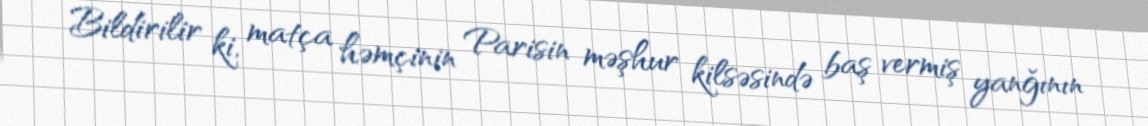
Bildirilir ki, matça həmçinin Parisin məşhur kilsəsində baş vermiş yanğının